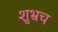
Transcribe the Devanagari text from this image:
शुभ्रच